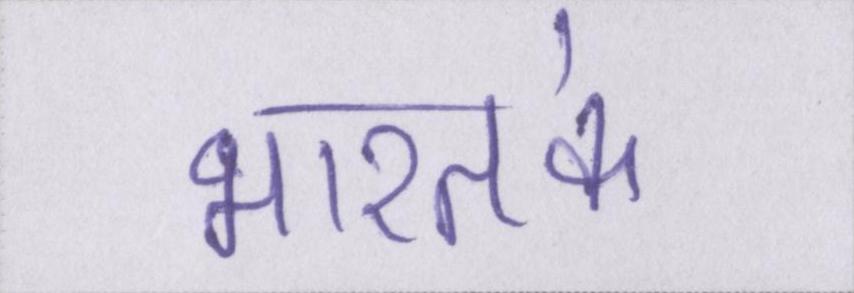
भारतके